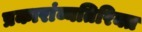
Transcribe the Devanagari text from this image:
प्रकारांव्यतिरिक्त